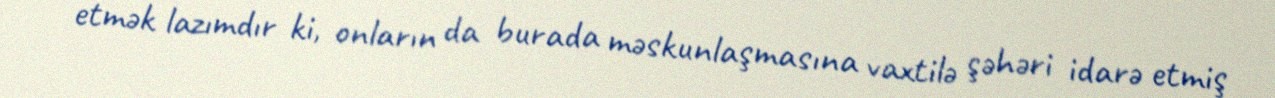
etmək lazımdır ki, onların da burada məskunlaşmasına vaxtilə şəhəri idarə etmiş